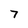
Character: 7